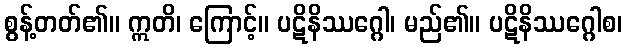
စွန့်တတ်၏။ ဣတိ၊ ကြောင့်။ ပဋိနိဿဂ္ဂေါ၊ မည်၏။ ပဋိနိဿဂ္ဂေါစ၊